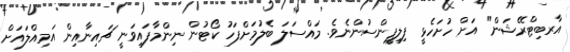
އާރބިޓްރޭޝަން" އަށް ހުށަހެޅީ ފިލިޕީންސުންނެވެ. މައްސަލަ ބެލުމަށްފަހު ކޯޓުން ނިންމާފައިވަނީ ޗައިނާއިން އަމިއްލައަށް